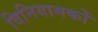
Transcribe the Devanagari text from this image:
विनियामकों